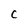
Character: C